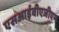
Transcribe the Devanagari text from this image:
एसआईवीएजीएम